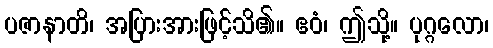
ပဇာနာတိ၊ အပြားအားဖြင့်သိ၏။ ဧဝံ၊ ဤသို့။ ပုဂ္ဂလော၊